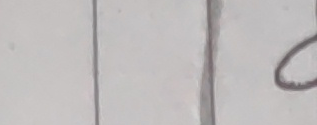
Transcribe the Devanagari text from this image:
७